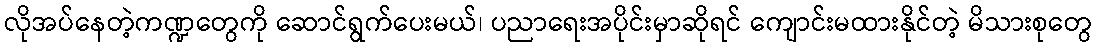
လိုအပ်နေတဲ့ကဏ္ဍတွေကို ဆောင်ရွက်ပေးမယ်၊ ပညာရေးအပိုင်းမှာဆိုရင် ကျောင်းမထားနိုင်တဲ့ မိသားစုတွေ